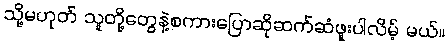
သို့မဟုတ် သူတို့တွေနဲ့စကားပြောဆိုဆက်ဆံဖူးပါလိမ့် မယ်။